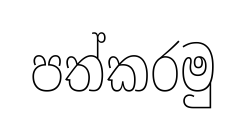
පත්කරමු